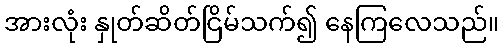
အားလုံး နှုတ်ဆိတ်ငြိမ်သက်၍ နေကြလေသည်။